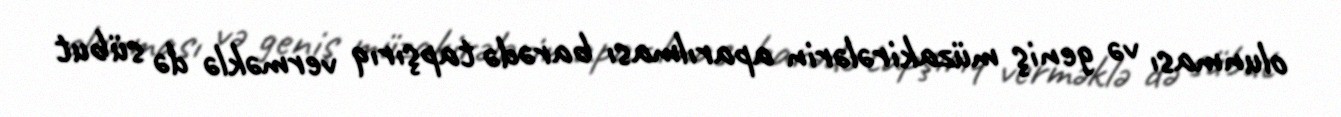
olunması və geniş müzakirələrin aparılması barədə tapşırıq verməklə də sübut